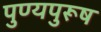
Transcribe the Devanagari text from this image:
पुण्यपुरूष